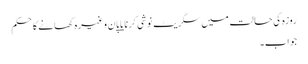
روزہ کی حالت میں سگریٹ نوشی کرنا یا پان وغیرہ کھانے کاحکم
جواب۔